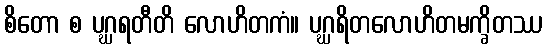
စိတော စ ပဂ္ဃရတီတိ လောဟိတကံ။ ပဂ္ဃရိတလောဟိတမက္ခိတဿ